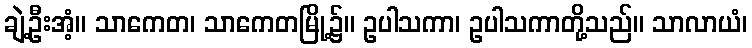
ချဲ့ဦးအံ့။ သာကေတ၊ သာကေတမြို့၌။ ဥပါသကာ၊ ဥပါသကာတို့သည်။ သာလာယံ၊